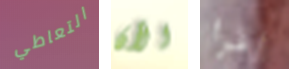
التعاطي الآن اقرأ